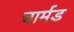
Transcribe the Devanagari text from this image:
चार्मड